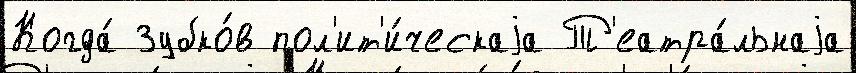
Когда́ Зубко́в пол'ит'и́ческаjа Т'еатра́льнаjа